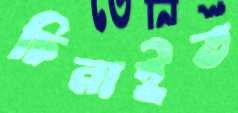
চিনাইত